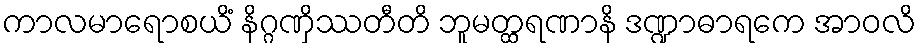
ကာလမာရောစယိံ နိဂ္ဂဏှိဿတီတိ ဘူမတ္ထရဏာနိ ဒဏ္ဍာဓာရကေ အာဝလိ